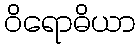
ဝိရောဓိယာ